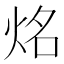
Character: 𰞔